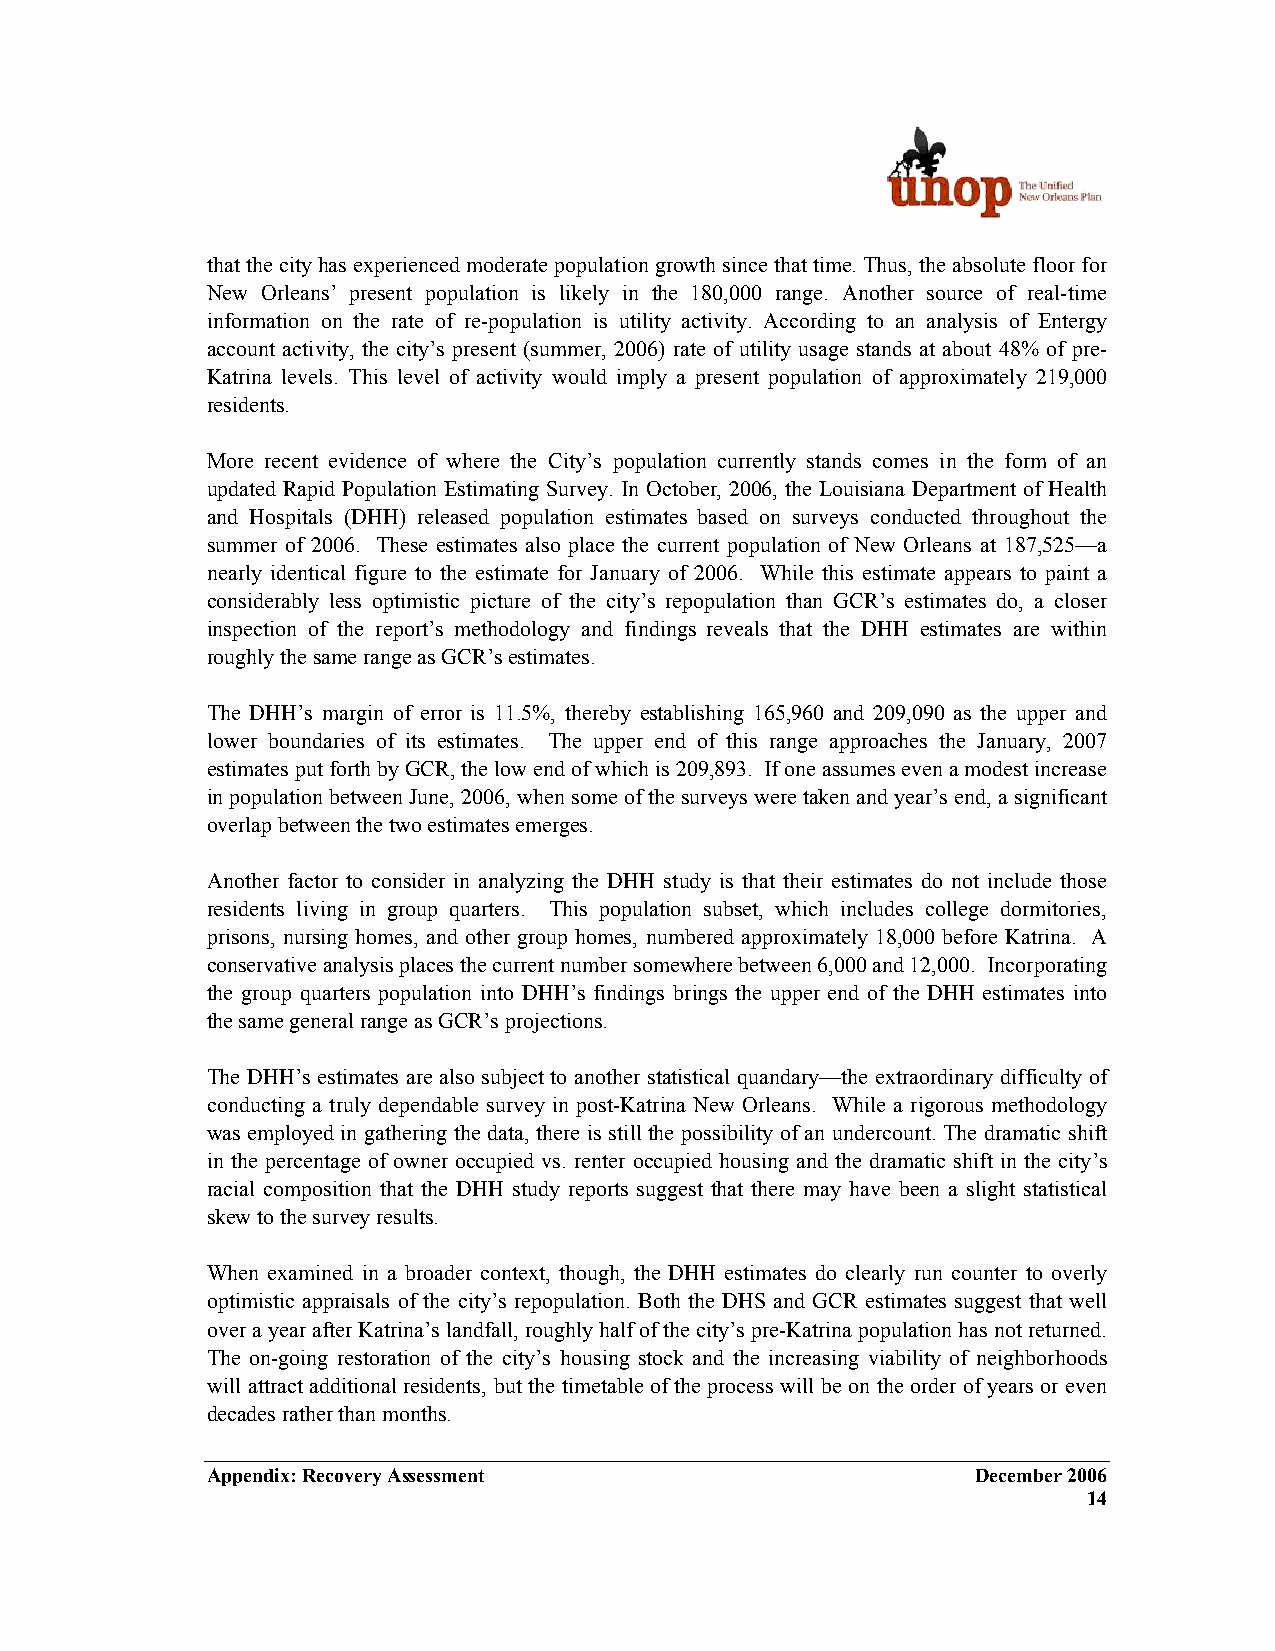
that the city has experienced moderate population growth since that time. Thus, the absolute floor for
 New Orleans’ present population is likely in the 180,000 range. Another source of real-time
 information on the rate of re-population is utility activity. According to an analysis of Entergy
 account activity, the city’s present (summer, 2006) rate of utility usage stands at about 48% of pre-
 Katrina levels. This level of activity would imply a present population of approximately 219,000
 residents.
 More recent evidence of where the City’s population currently stands comes in the form of an
 updated Rapid Population Estimating Survey. In October, 2006, the Louisiana Department of Health
 and Hospitals (DHH) released population estimates based on surveys conducted throughout the
 summer of 2006. These estimates also place the current population of New Orleans at 187,525—a
 nearly identical figure to the estimate for January of 2006. While this estimate appears to paint a
 considerably less optimistic picture of the city’s repopulation than GCR’s estimates do, a closer
 inspection of the report’s methodology and findings reveals that the DHH estimates are within
 roughly the same range as GCR’s estimates.
 The DHH’s margin of error is 11.5%, thereby establishing 165,960 and 209,090 as the upper and
 lower boundaries of its estimates. The upper end of this range approaches the January, 2007
 estimates put forth by GCR, the low end of which is 209,893. If one assumes even a modest increase
 in population between June, 2006, when some of the surveys were taken and year’s end, a significant
 overlap between the two estimates emerges.
 Another factor to consider in analyzing the DHH study is that their estimates do not include those
 residents living in group quarters. This population subset, which includes college dormitories,
 prisons, nursing homes, and other group homes, numbered approximately 18,000 before Katrina. A
 conservative analysis places the current number somewhere between 6,000 and 12,000. Incorporating
 the group quarters population into DHH’s findings brings the upper end of the DHH estimates into
 the same general range as GCR’s projections.
 The DHH’s estimates are also subject to another statistical quandary—the extraordinary difficulty of
 conducting a truly dependable survey in post-Katrina New Orleans. While a rigorous methodology
 was employed in gathering the data, there is still the possibility of an undercount. The dramatic shift
 in the percentage of owner occupied vs. renter occupied housing and the dramatic shift in the city’s
 racial composition that the DHH study reports suggest that there may have been a slight statistical
 skew to the survey results.
 When examined in a broader context, though, the DHH estimates do clearly run counter to overly
 optimistic appraisals of the city’s repopulation. Both the DHS and GCR estimates suggest that well
 over a year after Katrina’s landfall, roughly half of the city’s pre-Katrina population has not returned.
 The on-going restoration of the city’s housing stock and the increasing viability of neighborhoods
 will attract additional residents, but the timetable of the process will be on the order of years or even
 decades rather than months.
 Appendix: Recovery Assessment                      December 2006
 14